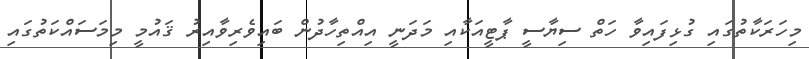
މިހަރަކާތުގައި ގުޅިފައިވާ ހަތް ސިޔާސީ ޕާޓީއަކާއި މަދަނީ އިއްތިހާދުން ބައިވެރިވާއިރު ޤައުމީ މިމަސައްކަތުގައި